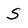
Character: S